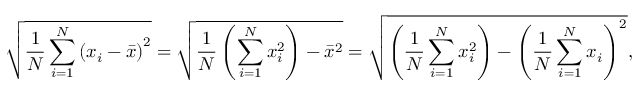
{ \sqrt { { \frac { 1 } { N } } \sum _ { i = 1 } ^ { N } \left( x _ { i } - { \bar { x } } \right) ^ { 2 } } } = { \sqrt { { \frac { 1 } { N } } \left( \sum _ { i = 1 } ^ { N } x _ { i } ^ { 2 } \right) - { \bar { x } } ^ { 2 } } } = { \sqrt { \left( { \frac { 1 } { N } } \sum _ { i = 1 } ^ { N } x _ { i } ^ { 2 } \right) - \left( { \frac { 1 } { N } } \sum _ { i = 1 } ^ { N } x _ { i } \right) ^ { 2 } } } ,